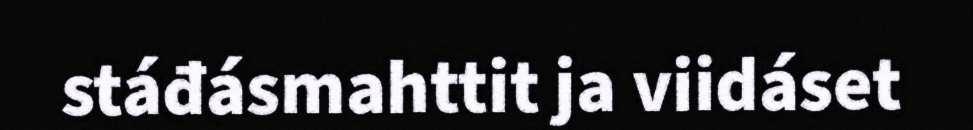
stáđásmahttit ja viidáset